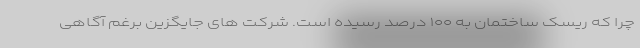
چرا که ریسک ساختمان به ۱۰۰ درصد رسیده است. شرکت های جایگزین برغم آگاهی